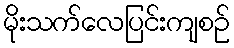
မိုးသက်လေပြင်းကျစဉ်